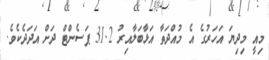
މިއީ މިދިޔަ އަހަރުގެ އެ މުއްދަތާ އަޅާބަލާއިރު 31.2 ޕަސެންޓް ދަށް އަދަދެކެވެ.